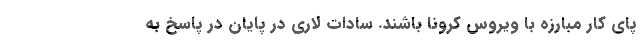
پای کار مبارزه با ویروس کرونا باشند. سادات لاری در پایان در پاسخ به